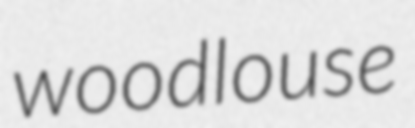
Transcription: woodlouse